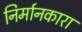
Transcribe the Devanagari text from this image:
निर्मानकारा